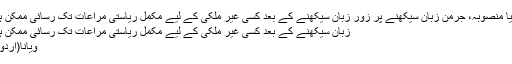
آسٹریا کی حکومت کا نیا منصوبہ، جرمن زبان سیکھنے پر زور زبان سیکھنے کے بعد کسی غیر ملکی کے لیے مکمل ریاستی مراعات تک رسائی ممکن ہو گی، چانسلر سباستیان
زبان سیکھنے کے بعد کسی غیر ملکی کے لیے مکمل ریاستی مراعات تک رسائی ممکن ہو گی، چانسلر سباستیان
ویانا(اُردو پوائنٹ اخبارتازہ ترین۔